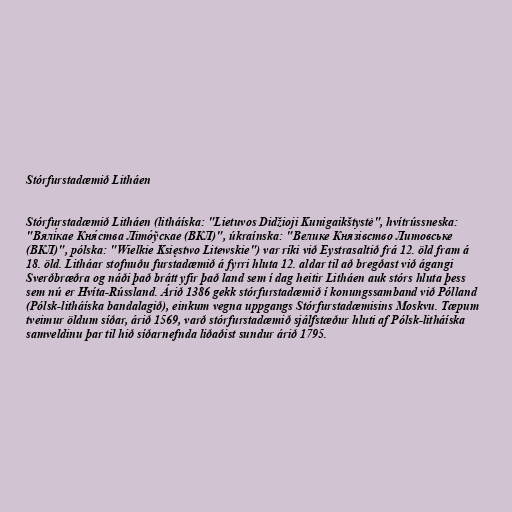
Stórfurstadæmið Litháen

Stórfurstadæmið Litháen (litháíska: "Lietuvos Didžioji Kunigaikštystė", hvítrússneska:
"Вялі́кае Кня́ства Літо́ўскае (ВКЛ)", úkraínska: "Велике Князівство Литовське
(ВКЛ)", pólska: "Wielkie Księstwo Litewskie") var ríki við Eystrasaltið frá 12. öld fram á
18. öld. Litháar stofnuðu furstadæmið á fyrri hluta 12. aldar til að bregðast við ágangi
Sverðbræðra og náði það brátt yfir það land sem í dag heitir Litháen auk stórs hluta þess
sem nú er Hvíta-Rússland. Árið 1386 gekk stórfurstadæmið í konungssamband við Pólland
(Pólsk-litháíska bandalagið), einkum vegna uppgangs Stórfurstadæmisins Moskvu. Tæpum
tveimur öldum síðar, árið 1569, varð stórfurstadæmið sjálfstæður hluti af Pólsk-litháíska
samveldinu þar til hið síðarnefnda liðaðist sundur árið 1795.